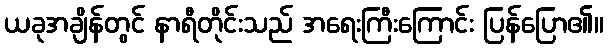
ယခုအချိန်တွင် နာရီတိုင်းသည် အရေးကြီးကြောင်း ပြန်ပြော၏။